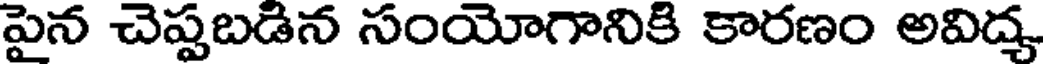
పైన చెప్పబడిన సంయోగానికి కారణం అవిద్య